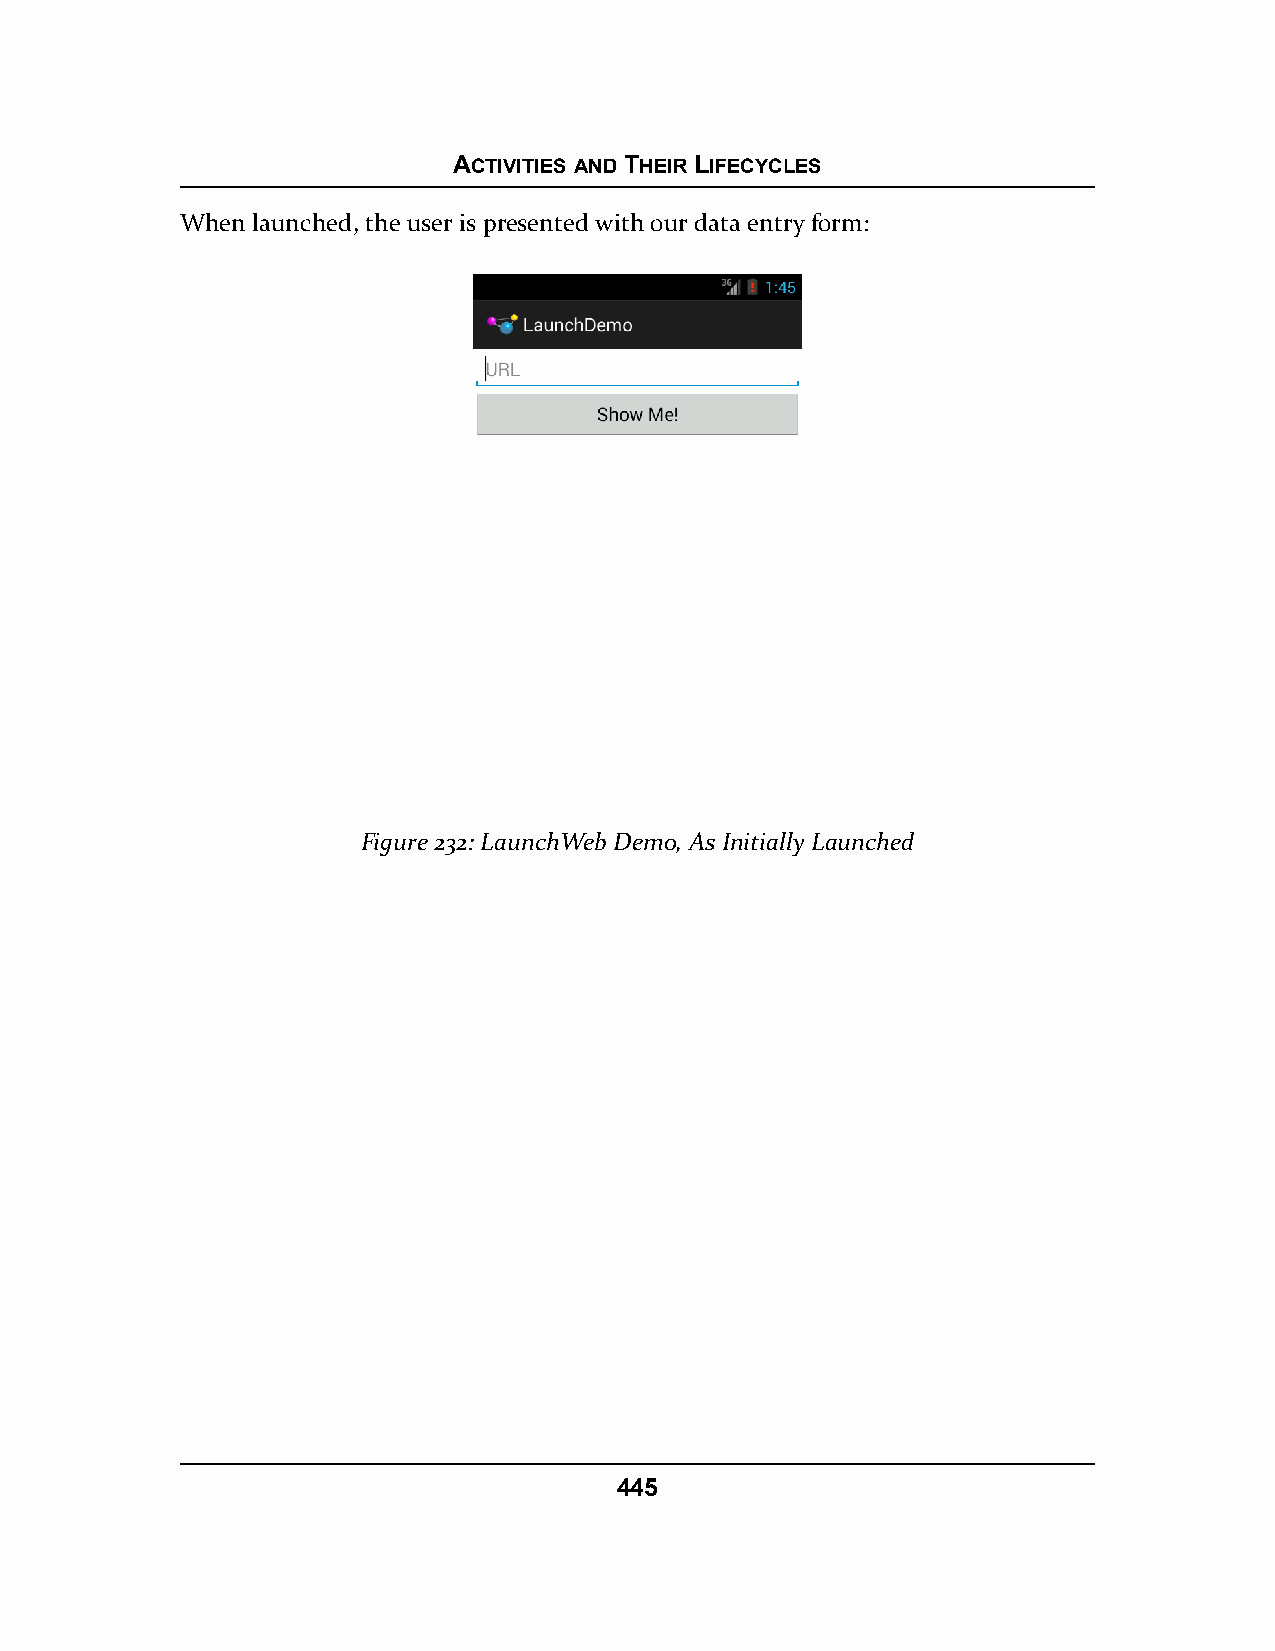
ACTIVITIES AND THEIR LIFECYCLES
 When launched, the user is presented with our data entry form:
 Figure 232: LaunchWeb Demo, As Initially Launched
 445